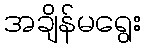
အချိန်မရွေး